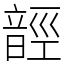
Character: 䪫